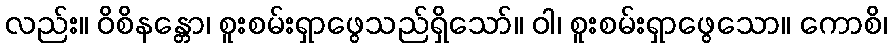
လည်း။ ဝိစိနန္တော၊ စူးစမ်းရှာဖွေသည်ရှိသော်။ ဝါ၊ စူးစမ်းရှာဖွေသော။ ကောစိ၊